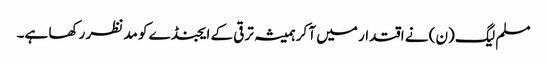
مسلم لیگ (ن) نے اقتدار میں آ کر ہمیشہ ترقی کے ایجنڈے کو مد نظر رکھا ہے۔